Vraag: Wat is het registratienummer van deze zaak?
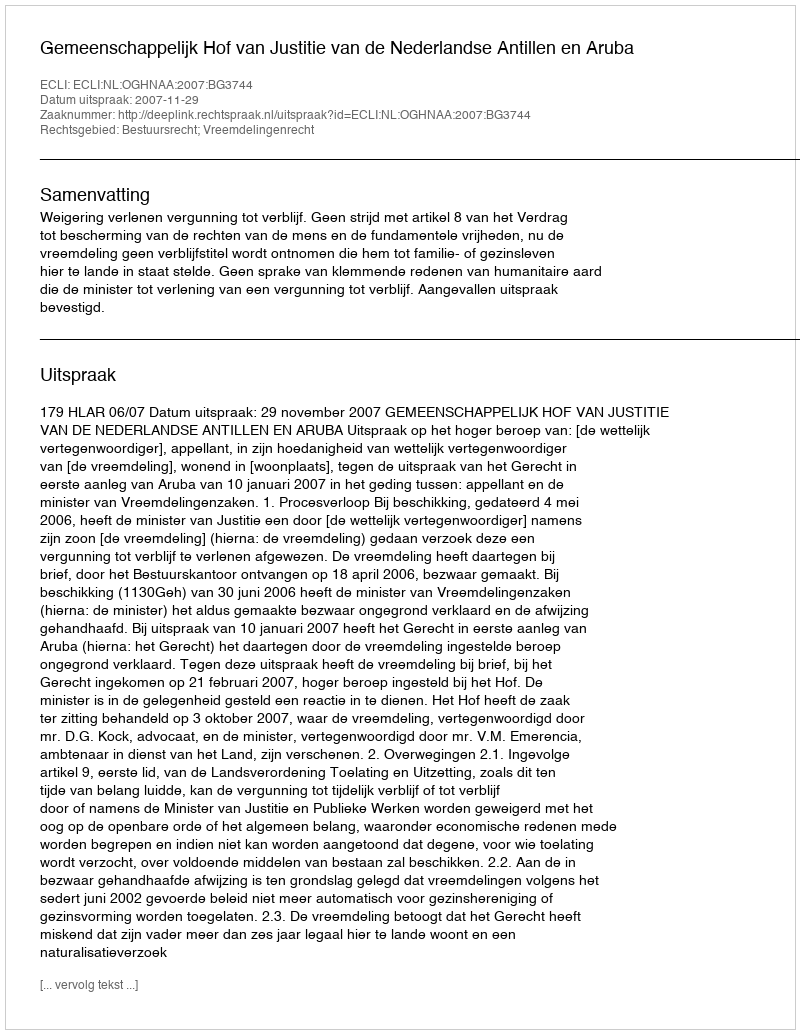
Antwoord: http://deeplink.rechtspraak.nl/uitspraak?id=ECLI:NL:OGHNAA:2007:BG3744